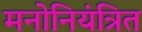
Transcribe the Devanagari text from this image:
मनोनियंत्रित